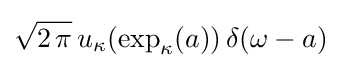
{\sqrt {2\,\pi }}\,u_{\kappa }(\exp _{\kappa }(a))\,\delta (\omega -a)